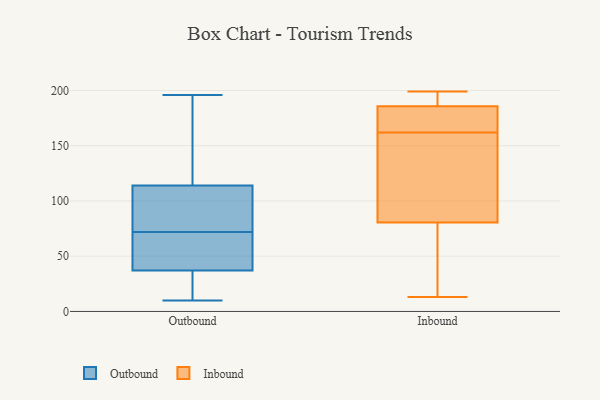
{"axis": {"x": "Humidity (%)", "y": "Value"}, "legend": ["Inbound", "Outbound"], "data": [{"x": "", "y": 14, "type": "Outbound"}, {"x": "", "y": 196, "type": "Outbound"}, {"x": "", "y": 54, "type": "Outbound"}, {"x": "", "y": 82, "type": "Outbound"}, {"x": "", "y": 114, "type": "Outbound"}, {"x": "", "y": 148, "type": "Outbound"}, {"x": "", "y": 48, "type": "Outbound"}, {"x": "", "y": 10, "type": "Outbound"}, {"x": "", "y": 85, "type": "Outbound"}, {"x": "", "y": 179, "type": "Outbound"}, {"x": "", "y": 100, "type": "Outbound"}, {"x": "", "y": 37, "type": "Outbound"}, {"x": "", "y": 33, "type": "Outbound"}, {"x": "", "y": 40, "type": "Outbound"}, {"x": "", "y": 23, "type": "Outbound"}, {"x": "", "y": 112, "type": "Outbound"}, {"x": "", "y": 62, "type": "Outbound"}, {"x": "", "y": 131, "type": "Outbound"}, {"x": "", "y": 13, "type": "Inbound"}, {"x": "", "y": 187, "type": "Inbound"}, {"x": "", "y": 162, "type": "Inbound"}, {"x": "", "y": 51, "type": "Inbound"}, {"x": "", "y": 124, "type": "Inbound"}, {"x": "", "y": 171, "type": "Inbound"}, {"x": "", "y": 20, "type": "Inbound"}, {"x": "", "y": 176, "type": "Inbound"}, {"x": "", "y": 199, "type": "Inbound"}, {"x": "", "y": 118, "type": "Inbound"}, {"x": "", "y": 185, "type": "Inbound"}, {"x": "", "y": 186, "type": "Inbound"}, {"x": "", "y": 49, "type": "Inbound"}, {"x": "", "y": 193, "type": "Inbound"}, {"x": "", "y": 194, "type": "Inbound"}, {"x": "", "y": 68, "type": "Inbound"}, {"x": "", "y": 177, "type": "Inbound"}, {"x": "", "y": 162, "type": "Inbound"}, {"x": "", "y": 150, "type": "Inbound"}]}